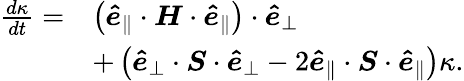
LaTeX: \begin{array}{rl}{\frac{d\kappa}{dt}=}&{\left(\boldsymbol{\hat{e}}_{\parallel}\cdot\boldsymbol{H}\cdot\boldsymbol{\hat{e}}_{\parallel}\right)\cdot\boldsymbol{\hat{e}}_{\perp}}\\ &{+\left(\boldsymbol{\hat{e}}_{\perp}\cdot\boldsymbol{S}\cdot\boldsymbol{\hat{e}}_{\perp}-2\boldsymbol{\hat{e}}_{\parallel}\cdot\boldsymbol{S}\cdot\boldsymbol{\hat{e}}_{\parallel}\right)\kappa.}\end{array}